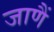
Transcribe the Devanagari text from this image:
जाणैं